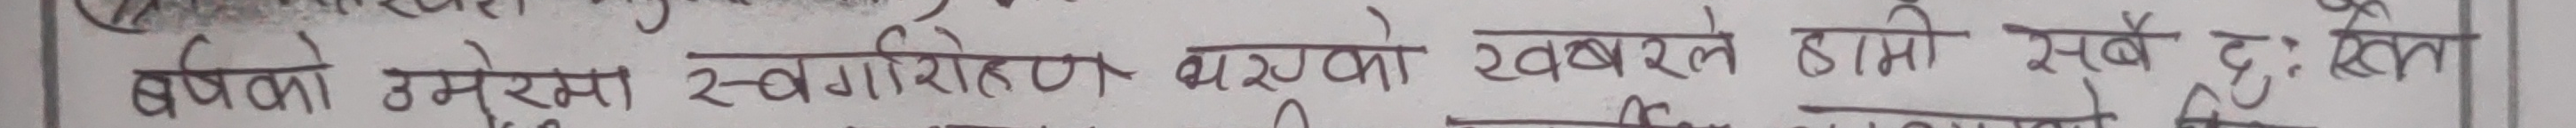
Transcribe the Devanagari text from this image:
बच्चाको उमेरमा स्वर्गरोहण भएका खबरले हामि सबै दुःखी छौं।